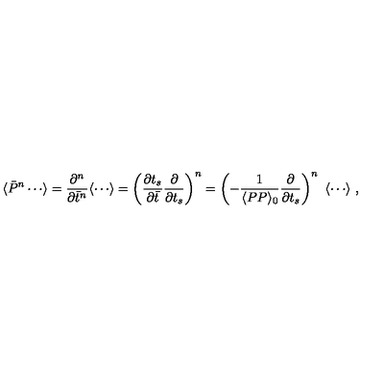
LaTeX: \langle \bar { P } ^ { n } \cdots \rangle = { \frac { \partial ^ { n } } { \partial \bar { t } ^ { n } } } \langle \cdots \rangle = \left( { \frac { \partial t _ { s } } { \partial \bar { t } } } { \frac { \partial } { \partial t _ { s } } } \right) ^ { n } = \left( - { \frac { 1 } { \langle P P \rangle _ { 0 } } } { \frac { \partial } { \partial t _ { s } } } \right) ^ { n } \ \langle \cdots \rangle \ ,